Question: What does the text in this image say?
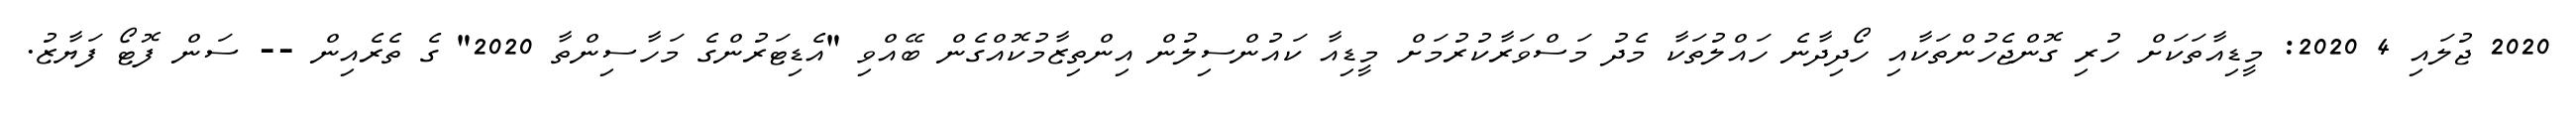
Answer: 2020 ޖުލައި 4 2020: މީޑިއާތަކަށް ހުރި ގޮންޖެހުންތަކާއި ހޯދިދާނެ ހައްލުތަކާ މެދު މަސްވަރާކުރުމަށް މީޑިއާ ކައުންސިލުން އިންތިޒާމުކޮއްގެން ބޭއްވި "އެޑިޓަރުންގެ މަހާސިންތާ 2020" ގެ ތެރެއިން -- ސަން ފޮޓޯ ފަޔާޒު.